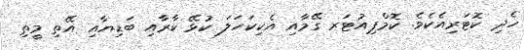
ހެދި ކޮޓަރިއެކެވެ. ކޮމްޕިއުޓަރ ގޭމާއި އެކިކަހަލަ ކުޅޭ ކާރާއި ބަޑިޔާއި އޭތި މީތި